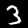
Digit: 3